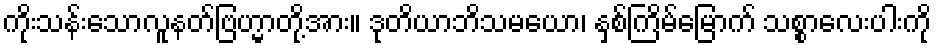
ကိုးသန်းသောလူနတ်ဗြဟ္မာတို့အား။ ဒုတိယာဘိသမယော၊ နှစ်ကြိမ်မြောက် သစ္စာလေးပါးကို